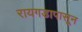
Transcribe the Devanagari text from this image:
रायगडापासून